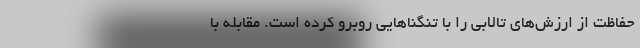
حفاظت از ارزش‌های تالابی را با تنگناهایی روبرو کرده است. مقابله با